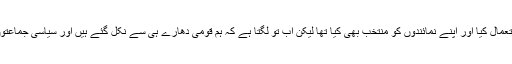
’2001 اور 2005 کے بلدیاتی انتخابات میں ہم نے ووٹ کا حق استعمال کیا اور اپنے نمائندوں کو منتخب بھی کیا تھا لیکن اب تو لگتا ہے کہ ہم قومی دھارے ہی سے نکل گئے ہیں اور سیاسی جماعتوں کے رحم و کرم پر ہیں کہ وہ جسے چاہیں ہماری نشستیں دے دیں۔